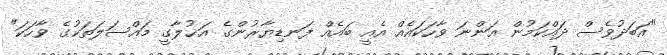
"އަބަދުވެސް ދައްކަމުން އަންނަ ވާހަކައެއް އެއީ ބައެއް ފަނޑިޔާރުންގެ އަޚުލާގީ މައްސަލަތަކުގެ ވާހަކަ"